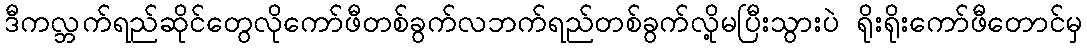
ဒီကလ္ဘက်ရည်ဆိုင်တွေလိုကော်ဖီတစ်ခွက်လဘက်ရည်တစ်ခွက်လို့မပြီးသွားပဲ ရိုးရိုးကော်ဖီတောင်မှ